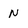
Character: N